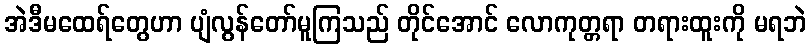
အဲဒီမထေရ်တွေဟာ ပျံလွန်တော်မူကြသည် တိုင်အောင် လောကုတ္တရာ တရားထူးကို မရဘဲ